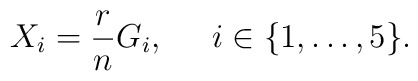
X_i = \frac{r}{n}  G_i, \;\;\;\;\;  i \in \{1,  \ldots,  5\}.